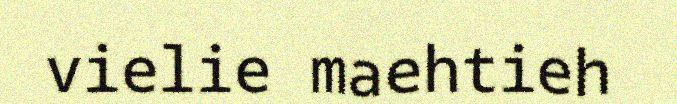
vielie maehtieh